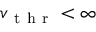
v _ { \mathrm { ~ t ~ h ~ r ~ } } < \infty